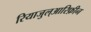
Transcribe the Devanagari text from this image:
रियाजुल्आरिफ़ीन